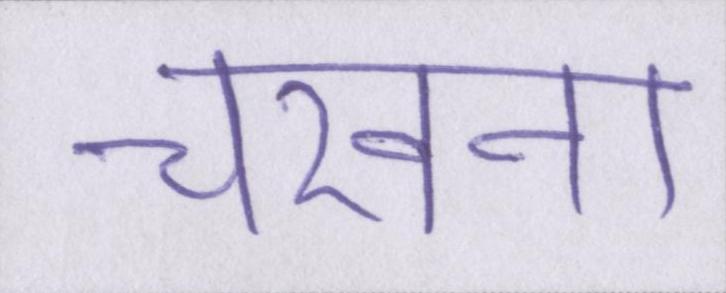
चखना